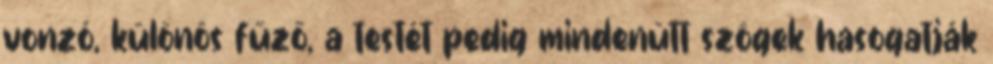
vonzó, különös fűző, a testét pedig mindenütt szögek hasogatják